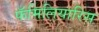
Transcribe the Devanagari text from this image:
फॅमिलियारिस